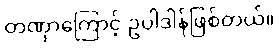
တဏှာကြောင့် ဥပါဒါန်ဖြစ်တယ်။